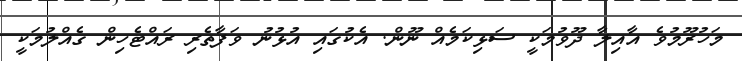
މަހުރޫމުވެ އާއިލާ ދޫވުމަކީ ސަޅިކަމެއް ނޫން. އެކުގައި އުޅުނު ވަފާތެރި ރައްޓެހިން ގެއްލުމަކީ